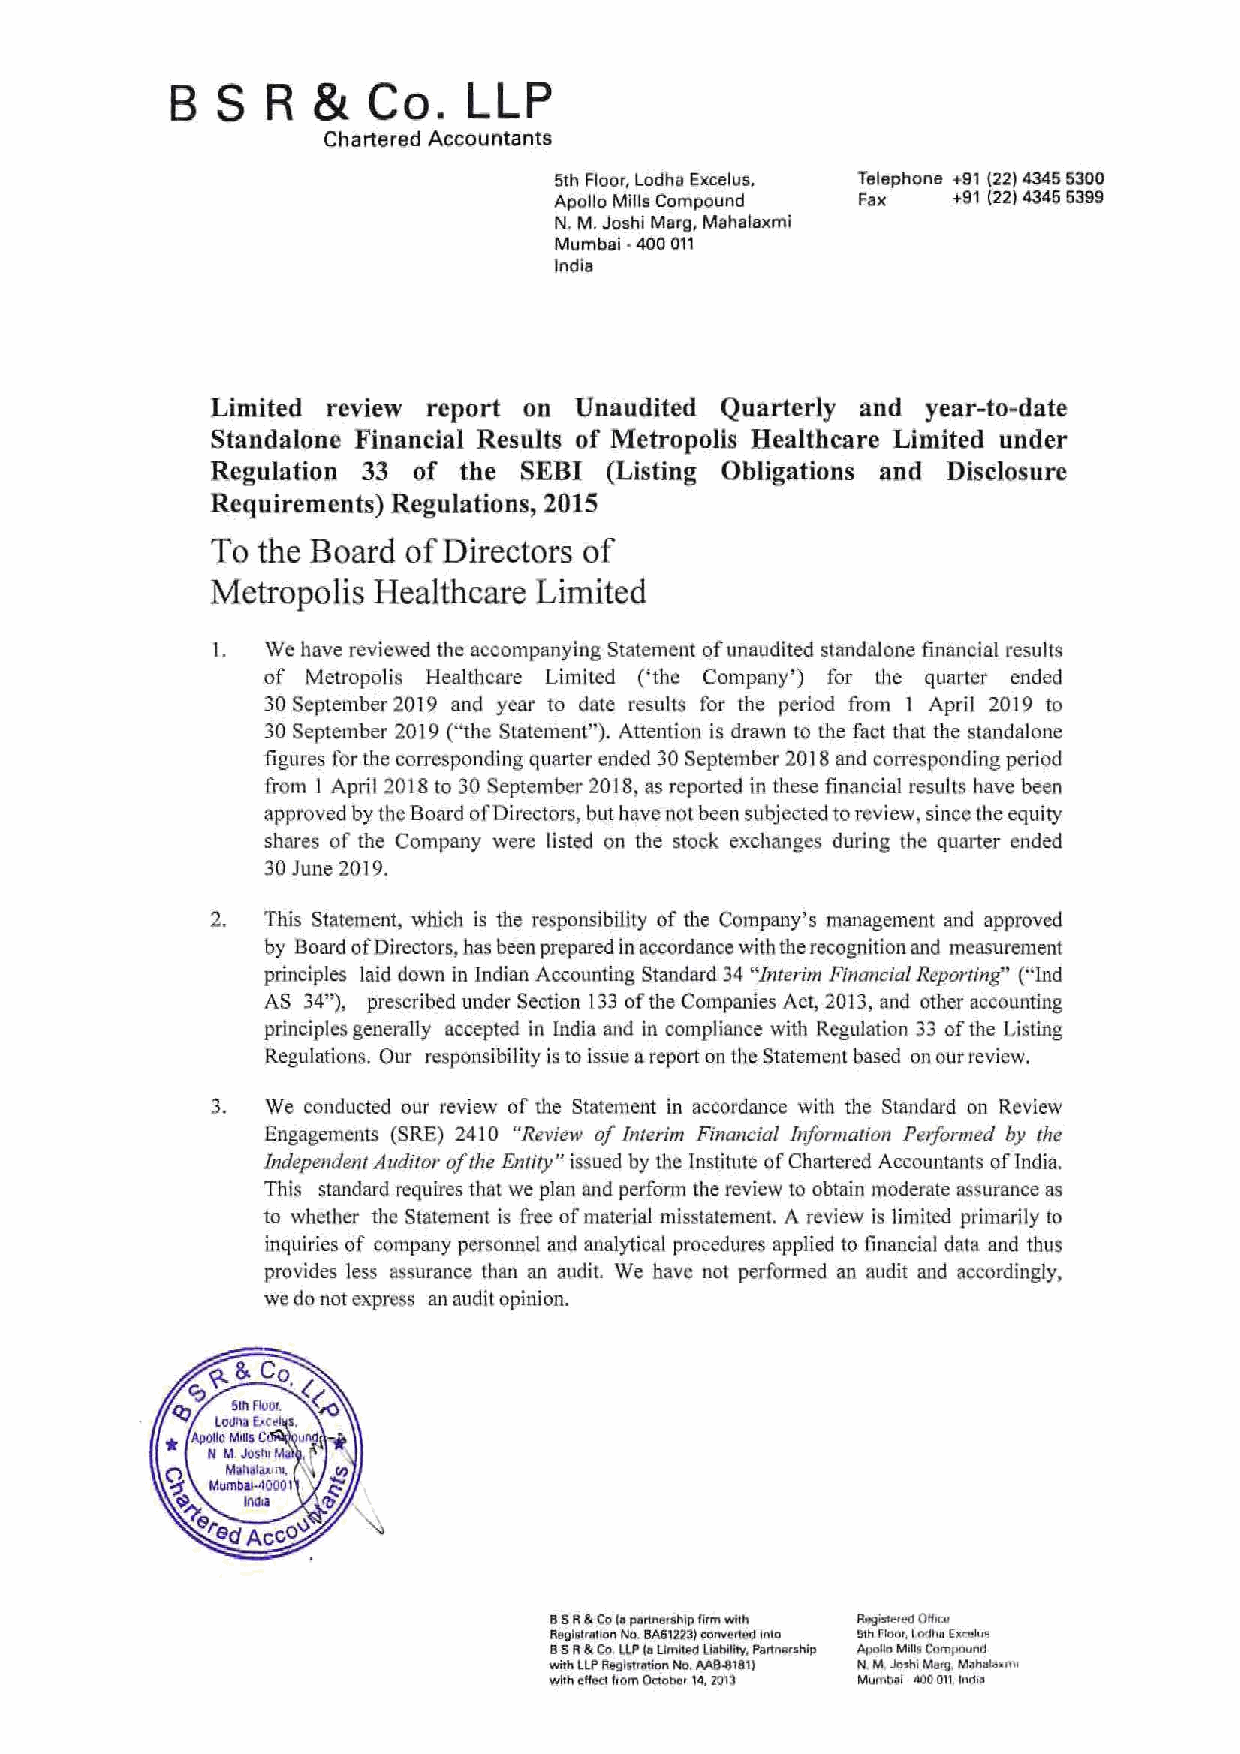
B  S   R  &  Co.    LLP
 Chattered Accountants
 5th Floor, Lodha Excelus, Telephone +91 (22) 4345 5300
 Apollo Mills Compound Fax +91 (22) 4345 5399
 N. M. Joshi Marg, Mahalaxmi
 Mumbai • 400 011
 India
 Limited review report on Unaudited Quarterly and year-to-date
 Standalone Financial Results of Metropolis Bealthcare Limited under
 Regulation 33 of the SEBI (Listing Obligations and Disclosure
 Requirements) Regulations, 2015
 To the Board of Directors of
 Metropolis Healthcare Limited
 I.  We have reviewed the accompanying Statement of unaudited st~ndalone financial results
 of Metropolis Healthcare Limited ('the Company') for the quarter ended
 30 September 2019 and year to date resultS for the period from l April 2019 to
 30 September 2019 (''the Statement''). Attention is drawn to the fact that the standalone
 figures for the corresponding quarter ended 30 September 2018 and corre ponding period
 from I April 2018 to 30 September 2018, as reported in these financial results have been
 approved by the Board ofDirectors, but have not been subjected to review, since the equity
 shares of the Company were listed on the stock exchanges during the quarter ended
 30 Jw1e 2019.
 2. This Statement, which is the responsibility of the Company's mar1agement and approved
 by Board of Directors, has been prepared in accordance with the recognition and measurement
 principles laid down in indian Accounting Standard 34 "Interim Financial Rt:!porting" (''lnd
 AS 34"), prescribed under Section 133 of the Companies Act, 2013, and other accounting
 principles generally accepted in India and in compliance with Regulation 33 of the Listing
 Regulations. Our responsibility is to issue a report on the Statement based on our review.
 3.  We conducted our review of the Statement in accordance wilh tl1e Standard on Review
 Engagements (SRE) 2410 "Review of Interim Financial Information Pe1formed by the
 Independent Auditor oft he Entity" issued by the Institute of Chmtercd Accountants oflndia.
 This standard requires thaL we plan and perfomJ the review to obtain moderate assurance as
 to whether the Statement is free of material misstatement. A review is limited primarily to
 inquiries of company personnel and analytical procedures applied to financial data and thus
 provides less assurance than an auc.lit. We have not performed an audit and accordingly,
 we do not expn:ss an audit opinion.
 B S R & Co I• part~e•shlp firm witt\ R"9is!"'od OHrc:u
 Rogistrotlon No. BA61223) conver1ec1 Into !Jth floorj Lndtm l:xrelu"
 B S R & Co UP ta Umlll!d Li•bilitY. Pann•rship Apollo Miftg ComtlOunO
 with llf' F!eglstr~1ion No. MJHl181) N M Jmhi Ma•a. M~holo>n>r
 with oHI!tl from Octobor 14, 2013 Murr •11~1 1100 011, !Moo